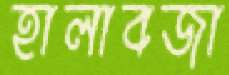
হালাবজা